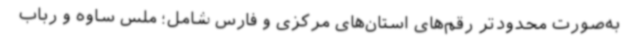
به‌صورت محدودتر رقم‌های استان‌های مرکزی و فارس شامل؛ ملس ساوه و رباب